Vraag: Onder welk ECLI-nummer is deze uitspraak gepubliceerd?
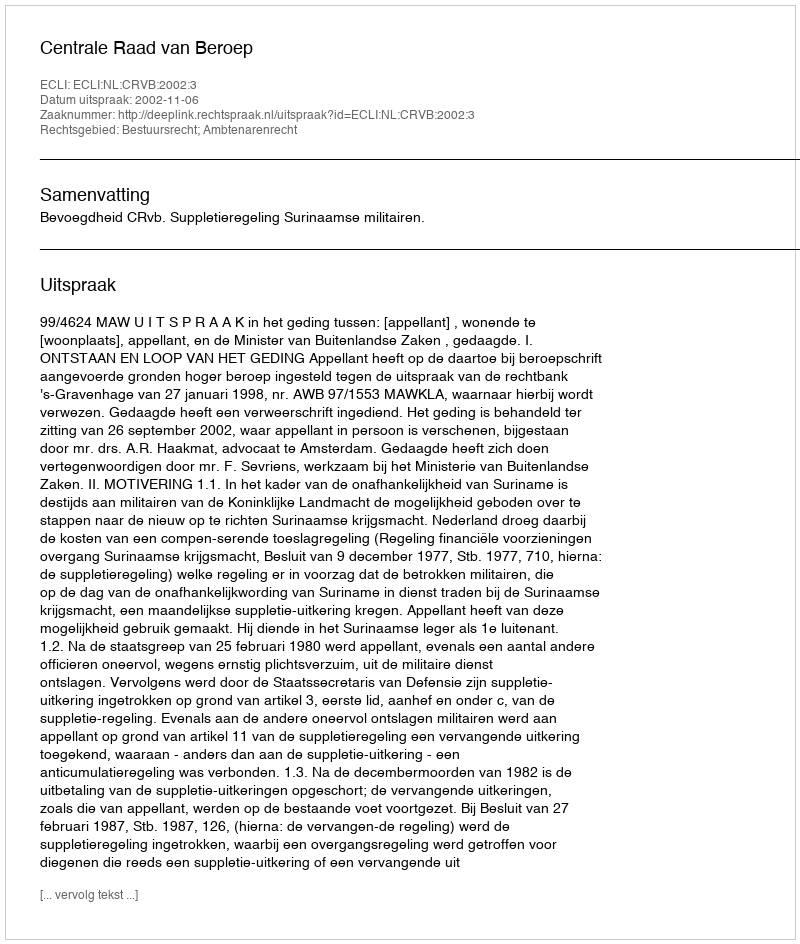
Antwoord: ECLI:NL:CRVB:2002:3